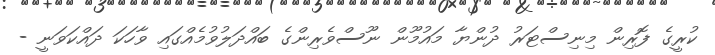
ކުރީގެ ފޮރިން މިނިސްޓަރު ދުންޔާ މައުމޫން ނޫސްވެރިންގެ ބައްދަލުވުމެއްގައި ވާހަކަ ދައްކަވަނީ -